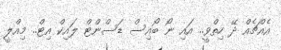
އެއްޗެއް ދޭ ހިތްވީ.. އައި ނޯ ބޯއިސް ޑަސްންޓް ލައިކް އިޓް.. މިއްލީ